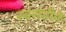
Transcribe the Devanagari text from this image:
स्वरांगीने